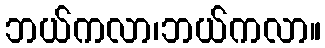
ဘယ်ကလာ၊ဘယ်ကလာ။